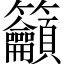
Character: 籲